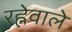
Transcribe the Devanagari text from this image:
रह्नेवाले